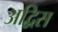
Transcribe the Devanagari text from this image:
अद्विस